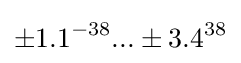
\pm {1.1}^{-38}...\pm {3.4}^{38}